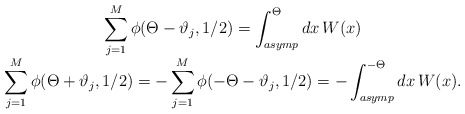
\begin{align*}\begin{array}{c}\displaystyle \displaystyle\sum ^{M}_{j=1}\phi (\Theta -\vartheta _{j},1/2)=\displaystyle\int _{asymp}^{\Theta }dx\, W(x)\\\displaystyle\sum ^{M}_{j=1}\phi (\Theta +\vartheta _{j},1/2)=-\displaystyle\sum ^{M}_{j=1}\phi (-\Theta -\vartheta _{j},1/2)=-\displaystyle\int _{asymp}^{-\Theta }dx\, W(x).\end{array}\end{align*}